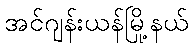
အင်ဂျန်းယန်မြို့နယ်